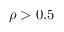
\rho > 0 . 5